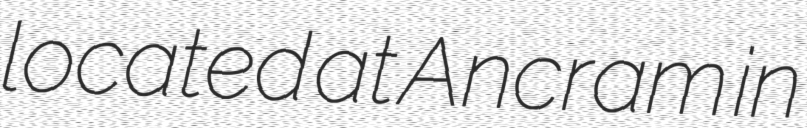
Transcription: located at Ancram in